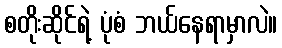
စတိုးဆိုင်ရဲ့ ပုံစံ ဘယ်နေရာမှာလဲ။